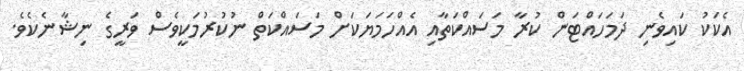
އެކަކު ކައިވެނި ދަމަހައްޓަން ކުރާ މަސައްކަތާއި އެއްހަމަޔަކަށް މަސައްކަތް ނުކުރުމަކީވެސް ވަރީގެ ނިޝާނެކެވެ.